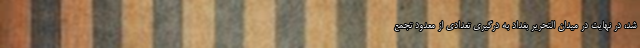
شد، در نهایت در میدان التحریر بغداد به درگیری تعدادی از معدود تجمع